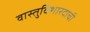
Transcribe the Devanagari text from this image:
वास्तुविशारदाची